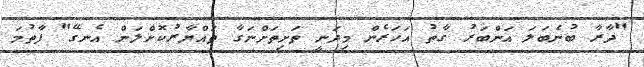
"ދާރާ ބުނެބަލަ އަންބަރު ގާތު އަހަރެން މިދަނީ ތަށިތަށްނަގާ ތައްޔާރުކޮށްލަން އެނގޭ" ފާތުމަ